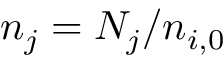
n _ { j } = { N _ { j } } / { n _ { i , 0 } }